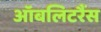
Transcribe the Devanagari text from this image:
ऑबलिटरैंस